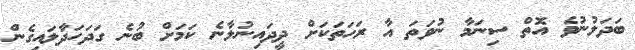
ބަދަލުނުވެ އޮތް ސިނަމާ ނުވަތަ އާ ރަހަތަކަށް ދީދައިނުލާނެ ކަމަށް ބުނެ ގަދަހަދާލައިގެން